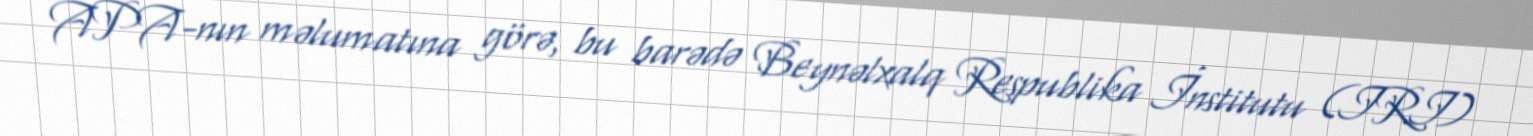
APA-nın məlumatına görə, bu barədə Beynəlxalq Respublika İnstitutu (IRI)